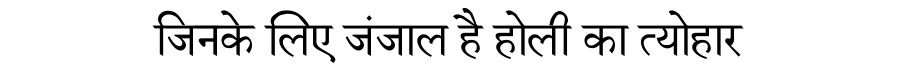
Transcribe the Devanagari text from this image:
जिनके लिए जंजाल है होली का त्योहार